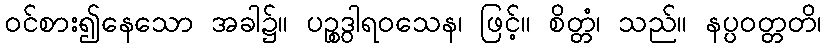
ဝင်စား၍နေသော အခါ၌။ ပဉ္စဒွါရဝသေန၊ ဖြင့်။ စိတ္တံ၊ သည်။ နပ္ပဝတ္တတိ၊